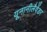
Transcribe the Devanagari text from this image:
यूनानीलैवेंडर